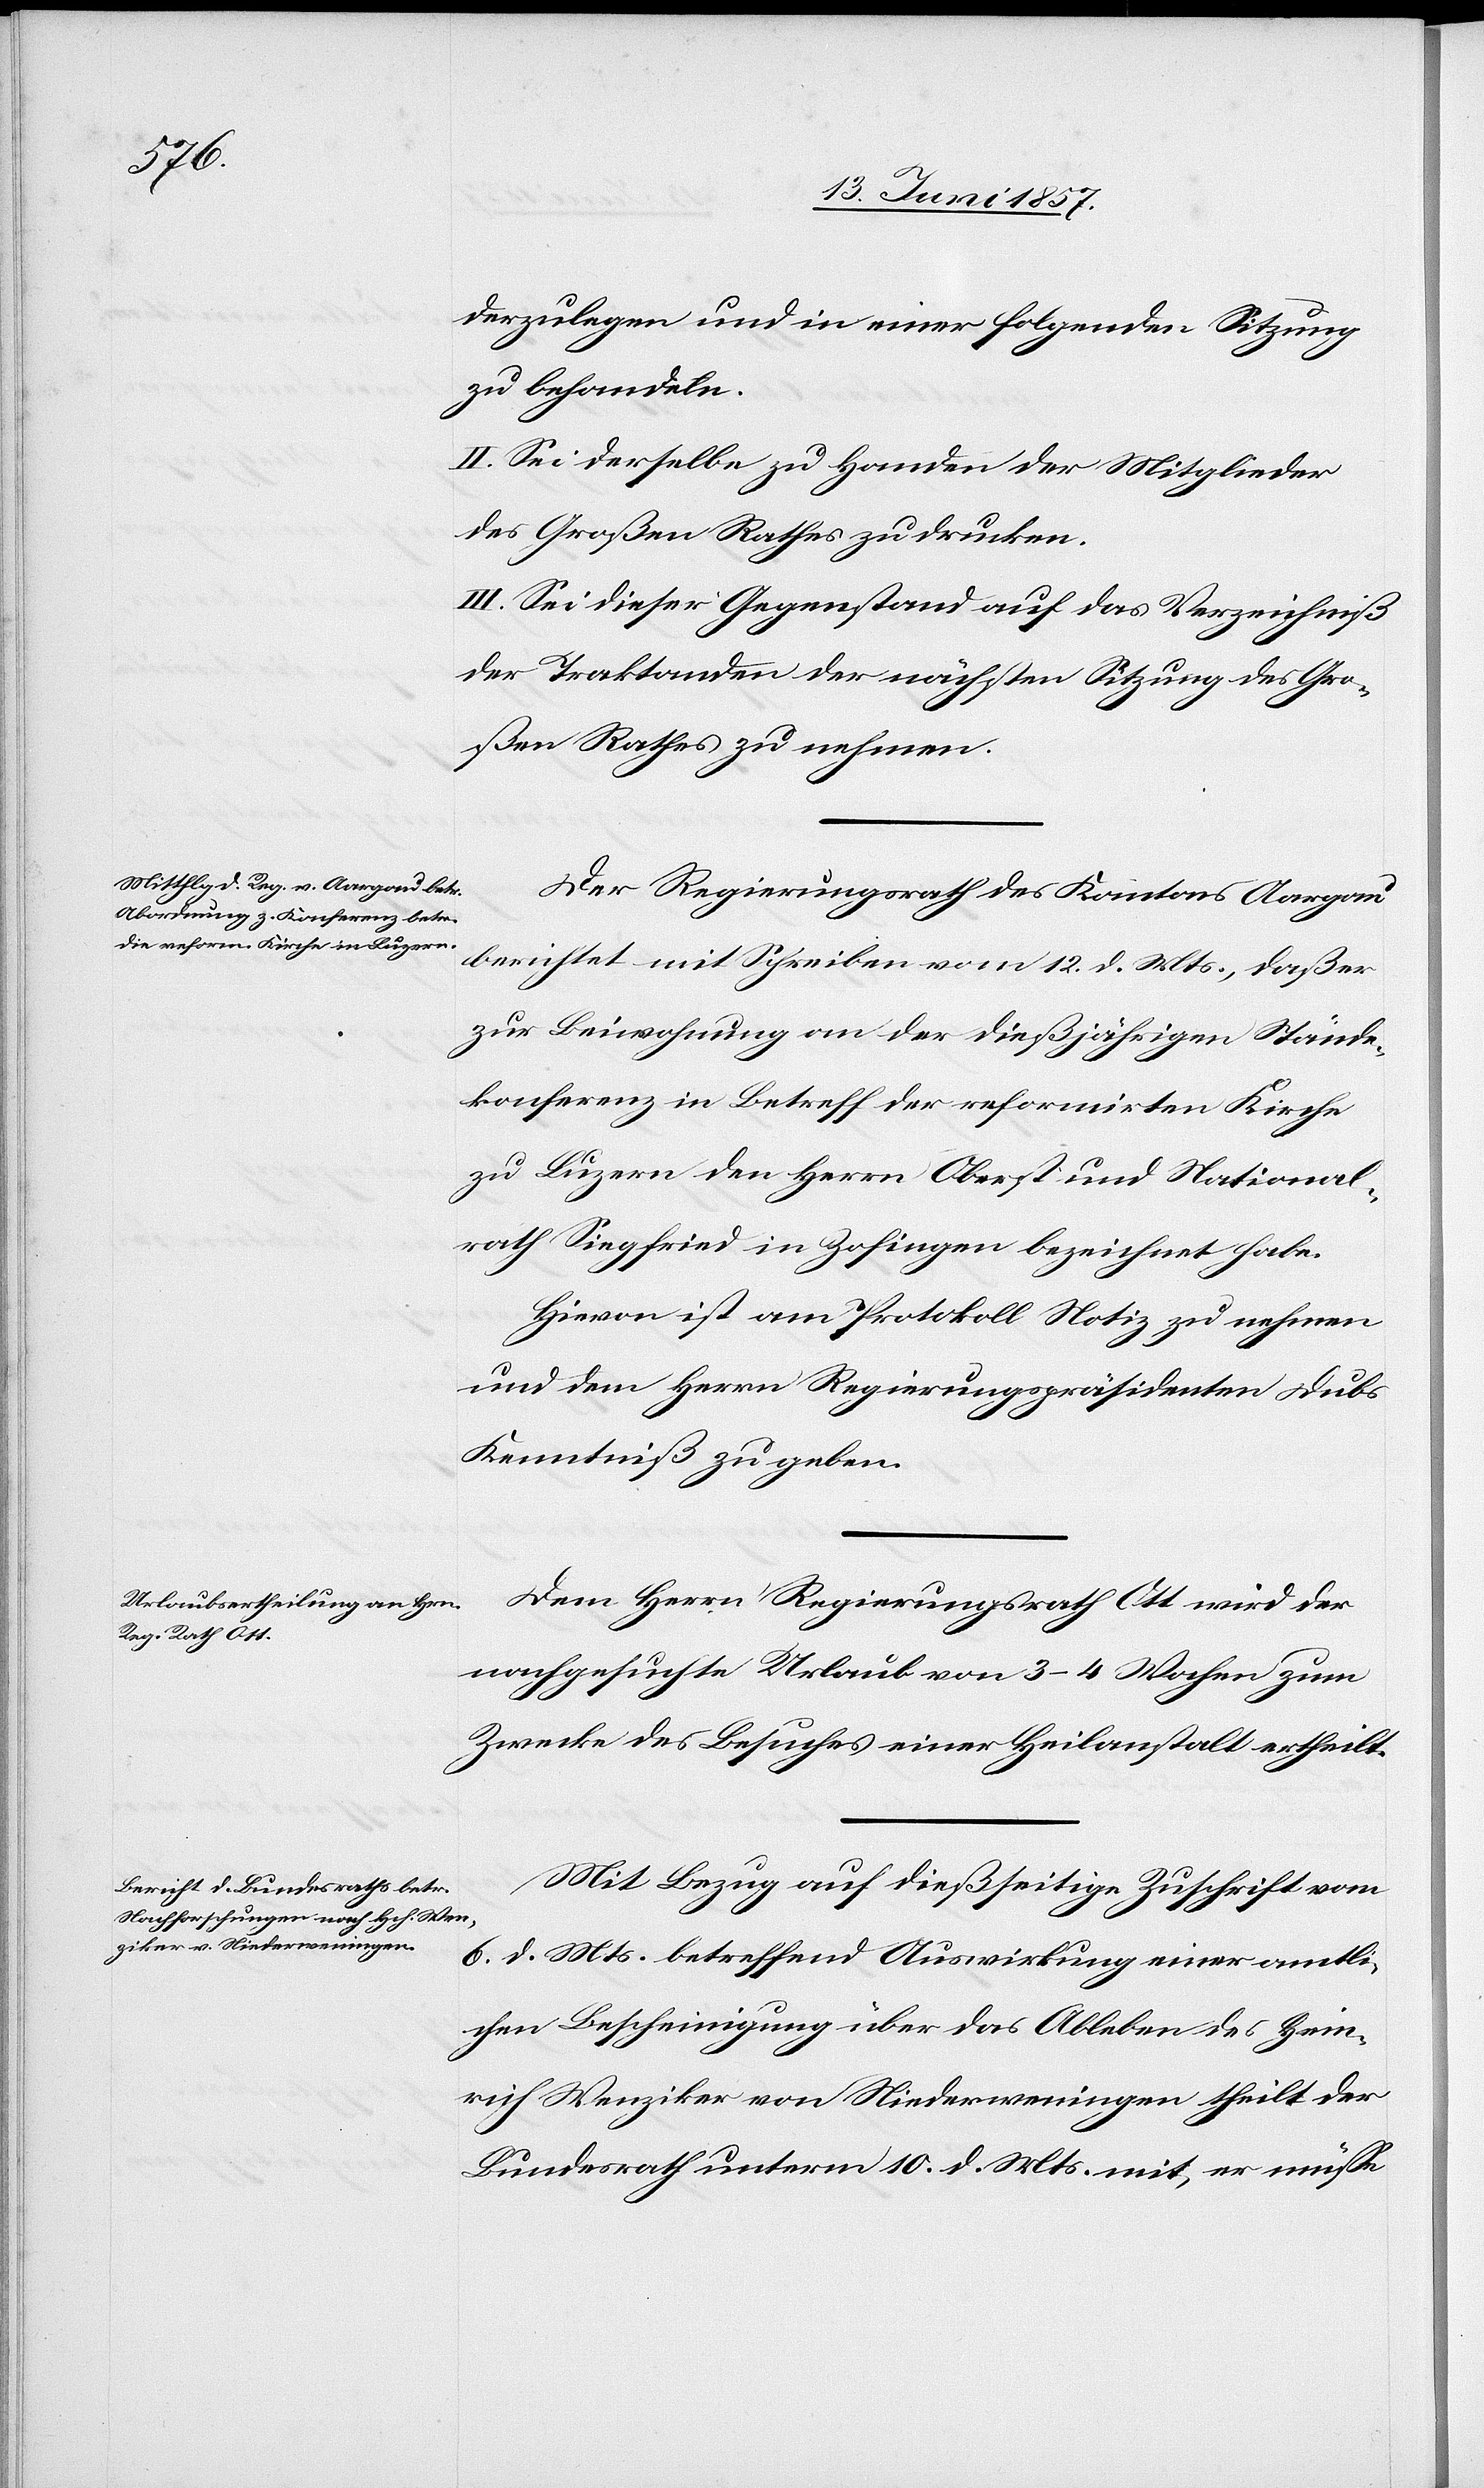
derzulegen und in einer folgenden Sitzung
zu behandeln.
II. Sei derselbe zu Handen der Mitglieder
des Großen Rathes zu drucken.
III. Sei dieser Gegenstand auf das Verzeichniß
der Traktanden der nächsten Sitzung des Gro¬
ßen Rathes zu nehmen.
Der Regierungsrath des Kantons Aargau
berichtet mit Schreiben vom 12 d. Mts., daß er
zur Beiwohnung an der dießseitigen Stände¬
konferenz in Betreff der reformirten Kirche
zu Luzern den Herrn Oberst und National¬
rath Siegfried in Zofingen bezeichnet habe.
Hievon ist am Protokoll Notiz zu nehmen
und dem Herrn Regierungspräsidenten Dubs
Kenntniß zu geben.
Dem Herrn Regierungsrath Ott wird der
nachgesuchte Urlaub von 3–4 Wochen zum
Zwecke des Besuches einer Heilanstalt ertheilt.
Mit Bezug auf dießseitige Zuschrift vom
6 d. Mts. betreffend Auswirkung einer amtli¬
chen Bescheinigung über das Ableben des Hein¬
rich Wenziker von Niederweningen theilt der
Bundesrath unterm 10 d. Mts. mit, er müsse